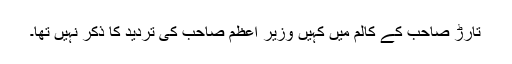
تارڑ صاحب کے کالم میں کہیں وزیر اعظم صاحب کی تردید کا ذکر نہیں تھا۔